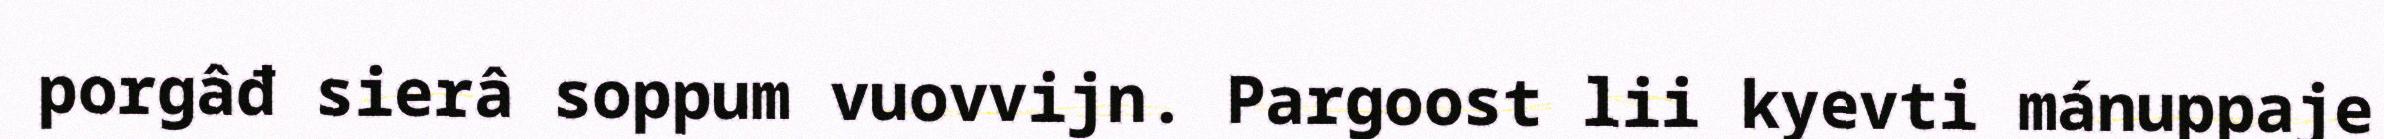
porgâđ sierâ soppum vuovvijn. Pargoost lii kyevti mánuppaje